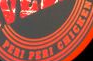
PERI PERI CHICKEN